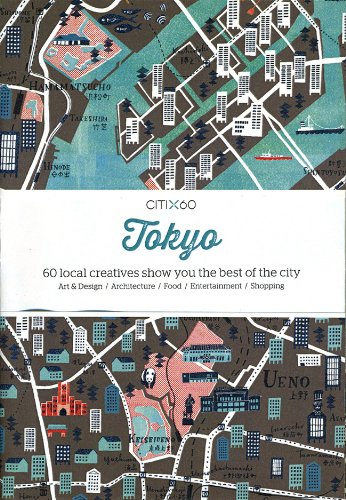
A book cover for Citi X 60 - Tokyo: 60 Creatives Show You the Best of the City; Viction Workshop; Travel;